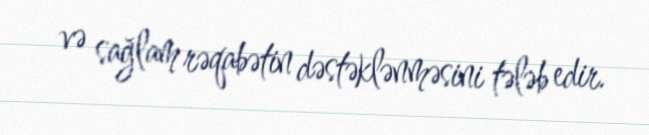
və sağlam rəqabətin dəstəklənməsini tələb edir.